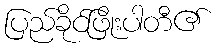
ပြည်ခိုင်ဖြိုးပါတီ၏